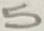
Text: 5